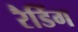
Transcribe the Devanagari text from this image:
रैडिंग